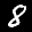
Label: 8